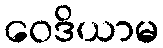
ဝေဒိယာမ